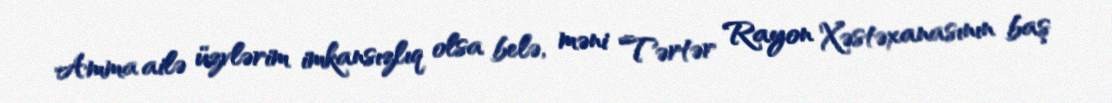
Amma ailə üzvlərim imkansızlıq olsa belə, məni Tərtər Rayon Xəstəxanasının baş